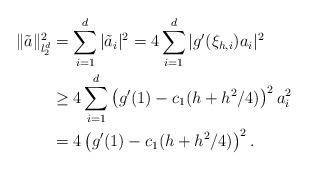
LaTeX: \begin{align*}\|\tilde a\|_{l_2^d}^2&=\sum\limits_{i=1}^d\vert\tilde a_i\vert^2=4\sum\limits_{i=1}^d\vert g'(\xi_{h,i})a_i\vert^2\\&\geq 4\sum\limits_{i=1}^d\left( g'(1) -c_1(h+h^2/4)\right)^2a_i^2\\&=4\left(g'(1) -c_1(h+h^2/4)\right)^2.\end{align*}